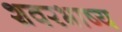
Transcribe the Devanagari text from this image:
शवरभाष्य